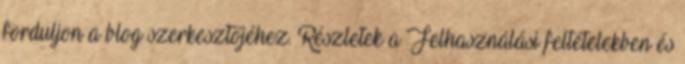
forduljon a blog szerkesztőjéhez. Részletek a Felhasználási feltételekben és